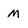
Character: m